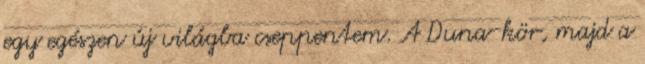
egy egészen új világba cseppentem. A Duna-kör, majd a